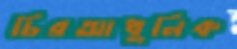
চিরআধুনিক